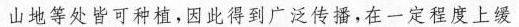
山地等处皆可种植，因此得到广泛传播，在一定程度上缓